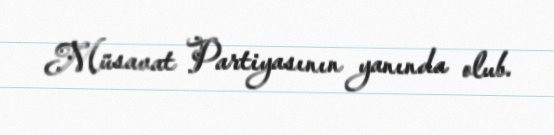
Müsavat Partiyasının yanında olub.